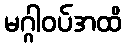
မဂ္ဂါဝပ်အထိ